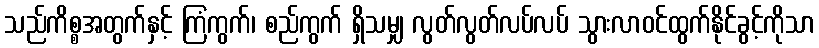
သည်ကိစ္စအတွက်နှင့် ကြံကွက်၊ စည်ကွက် ရှိသမျှ လွတ်လွတ်လပ်လပ် သွားလာဝင်ထွက်နိုင်ခွင့်ကိုသာ